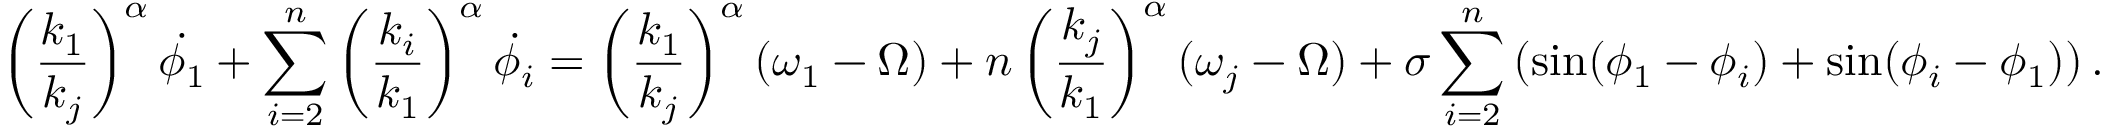
\left( \frac { k _ { 1 } } { k _ { j } } \right) ^ { \alpha } \dot { \phi _ { 1 } } + \sum _ { i = 2 } ^ { n } \left( \frac { k _ { i } } { k _ { 1 } } \right) ^ { \alpha } \dot { \phi _ { i } } = \left( \frac { k _ { 1 } } { k _ { j } } \right) ^ { \alpha } ( \omega _ { 1 } - \Omega ) + n \left( \frac { k _ { j } } { k _ { 1 } } \right) ^ { \alpha } ( \omega _ { j } - \Omega ) + \sigma \sum _ { i = 2 } ^ { n } \left( \sin ( \phi _ { 1 } - \phi _ { i } ) + \sin ( \phi _ { i } - \phi _ { 1 } ) \right) .